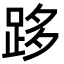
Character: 跢